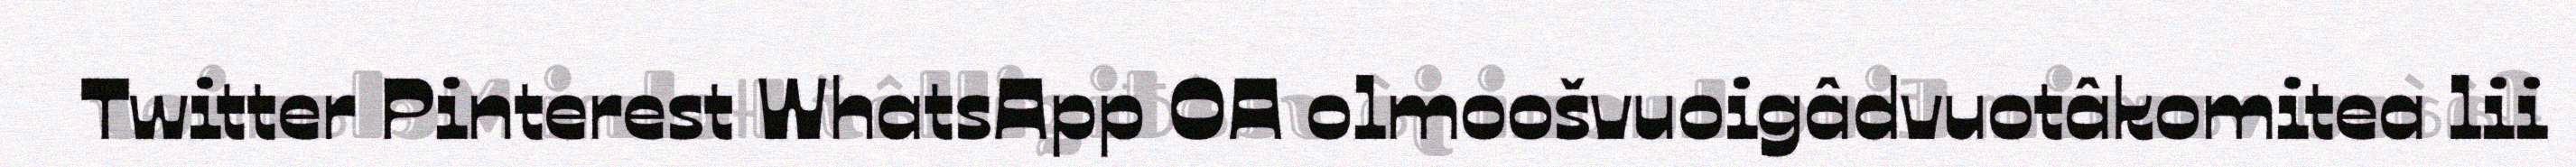
Twitter Pinterest WhatsApp OA olmoošvuoigâdvuotâkomitea lii